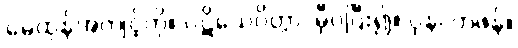
မေထုန်အကျင့်ကို။ ပဋိသေဝိတွာ၊ မှီဝဲပြီး၍။ ပုန၊ တဖန်။